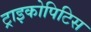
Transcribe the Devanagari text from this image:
ट्राइकोपिटिस